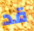
قد